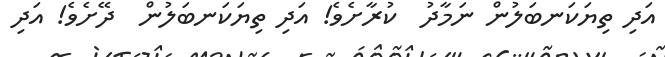
އަދި ތިޔަކަނބަލުން ނަމާދު  ކުރާށެވެ! އަދި ތިޔަކަނބަލުން  ދޭށެވެ! އަދި